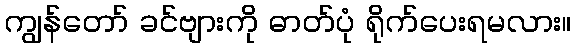
ကျွန်တော် ခင်ဗျားကို ဓာတ်ပုံ ရိုက်ပေးရမလား။